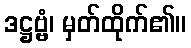
ဒဋ္ဌဗ္ဗံ၊ မှတ်ထိုက်၏။